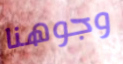
وجوهنا